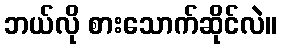
ဘယ်လို စားသောက်ဆိုင်လဲ။